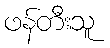
ဖန်တီးသူ